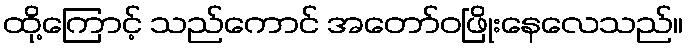
ထို့ကြောင့် သည်ကောင် အတော်ဝဖြိုးနေလေသည်။